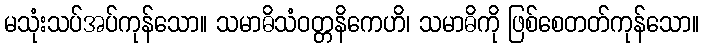
မသုံးသပ်အပ်ကုန်သော။ သမာဓိသံဝတ္တနိကေဟိ၊ သမာဓိကို ဖြစ်စေတတ်ကုန်သော။